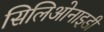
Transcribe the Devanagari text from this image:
सिलिओनाइडी